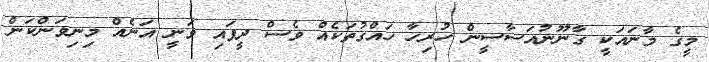
މީގެ މާނައަކީ ގާނޫނުއަސާސީން ހުރިހާ ހައްގުތަކެއް ވެސް ދީފައި ވަނީ އަނެއް މިނިވަންކަން